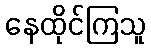
နေထိုင်ကြသူ